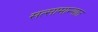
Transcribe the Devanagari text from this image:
सत्सामान्यात